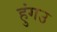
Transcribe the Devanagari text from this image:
हुंगउ